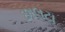
છાલટા